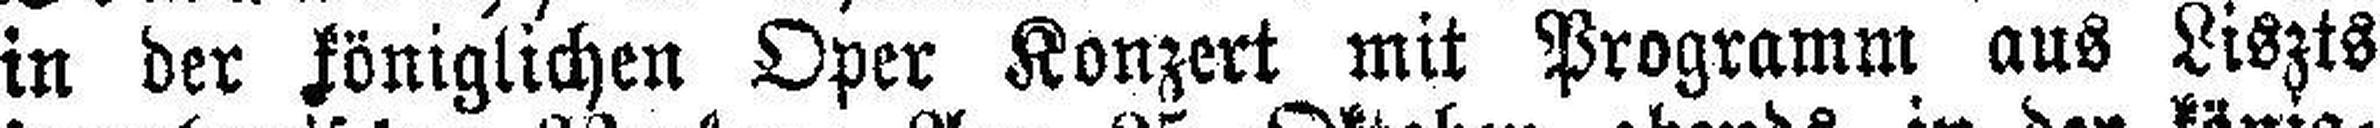
in der königlichen Oper Konzert mit Programm aus Liszts